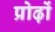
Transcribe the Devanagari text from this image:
प्रोढ़ों